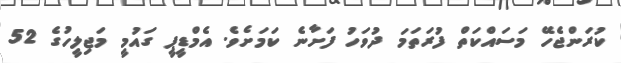
ކުރަންޖެހޭ މަސައްކަތް ފުރަތަމަ ދުވަހު ފަށާނެ ކަމަށެވެ. އެމްޑީޕީ ގައުމީ މަޖިލީހުގެ 52